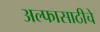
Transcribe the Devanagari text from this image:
अल्फासाठीचे